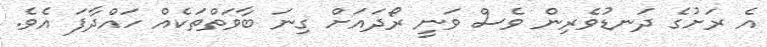
އެ ރަށުގެ ދަނޑުވެރިން ވެސް ވަނީ ރޯދައަށް ގިނަ ބާވަތްތަކެއް ހައްދާފަ އެވެ.